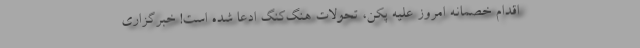
اقدام خصمانه امروز علیه پکن، تحولات هنگ‌کنگ ادعا شده است! خبرگزاری